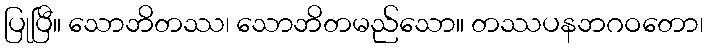
ပြုပြီ။ သောဘိတဿ၊ သောဘိတမည်သော။ တဿပနဘဂဝတော၊